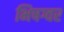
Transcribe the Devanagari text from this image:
भिषग्वर